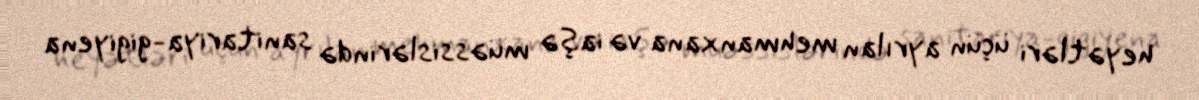
heyətləri üçün ayrılan mehmanxana və iaşə müəssislərində sanitariya-gigiyena